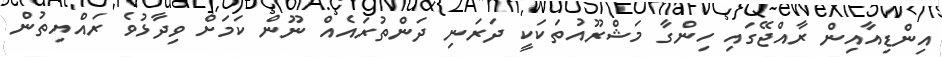
އިންޑިއާއިން ރާއްޖޭގައި ހިންގާ މަޝްރޫއުތަކަކީ ދަރަނި ދަންތުރައެއް ނޫން ކަމަށް ވިދާޅުވެ ރައްޔިތުން